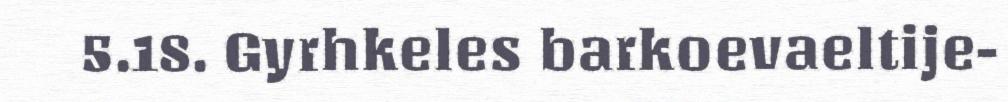
5.18. Gyrhkeles barkoevaeltije-